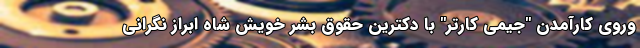
وروی کارآمدن "جیمی کارتر" با دکترین حقوق بشر خویش شاه ابراز نگرانی